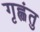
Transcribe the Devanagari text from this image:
गृह्णंतु